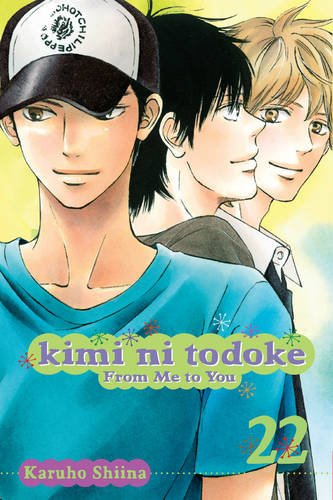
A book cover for Kimi ni Todoke: From Me to You, Vol. 22; Karuho Shiina; Comics & Graphic Novels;